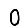
Digit: 0